DOW-UAP-D48, Department of the Air Force Report, 1996
Agency: Department of War
Incident date: 9/10/96
Page 7
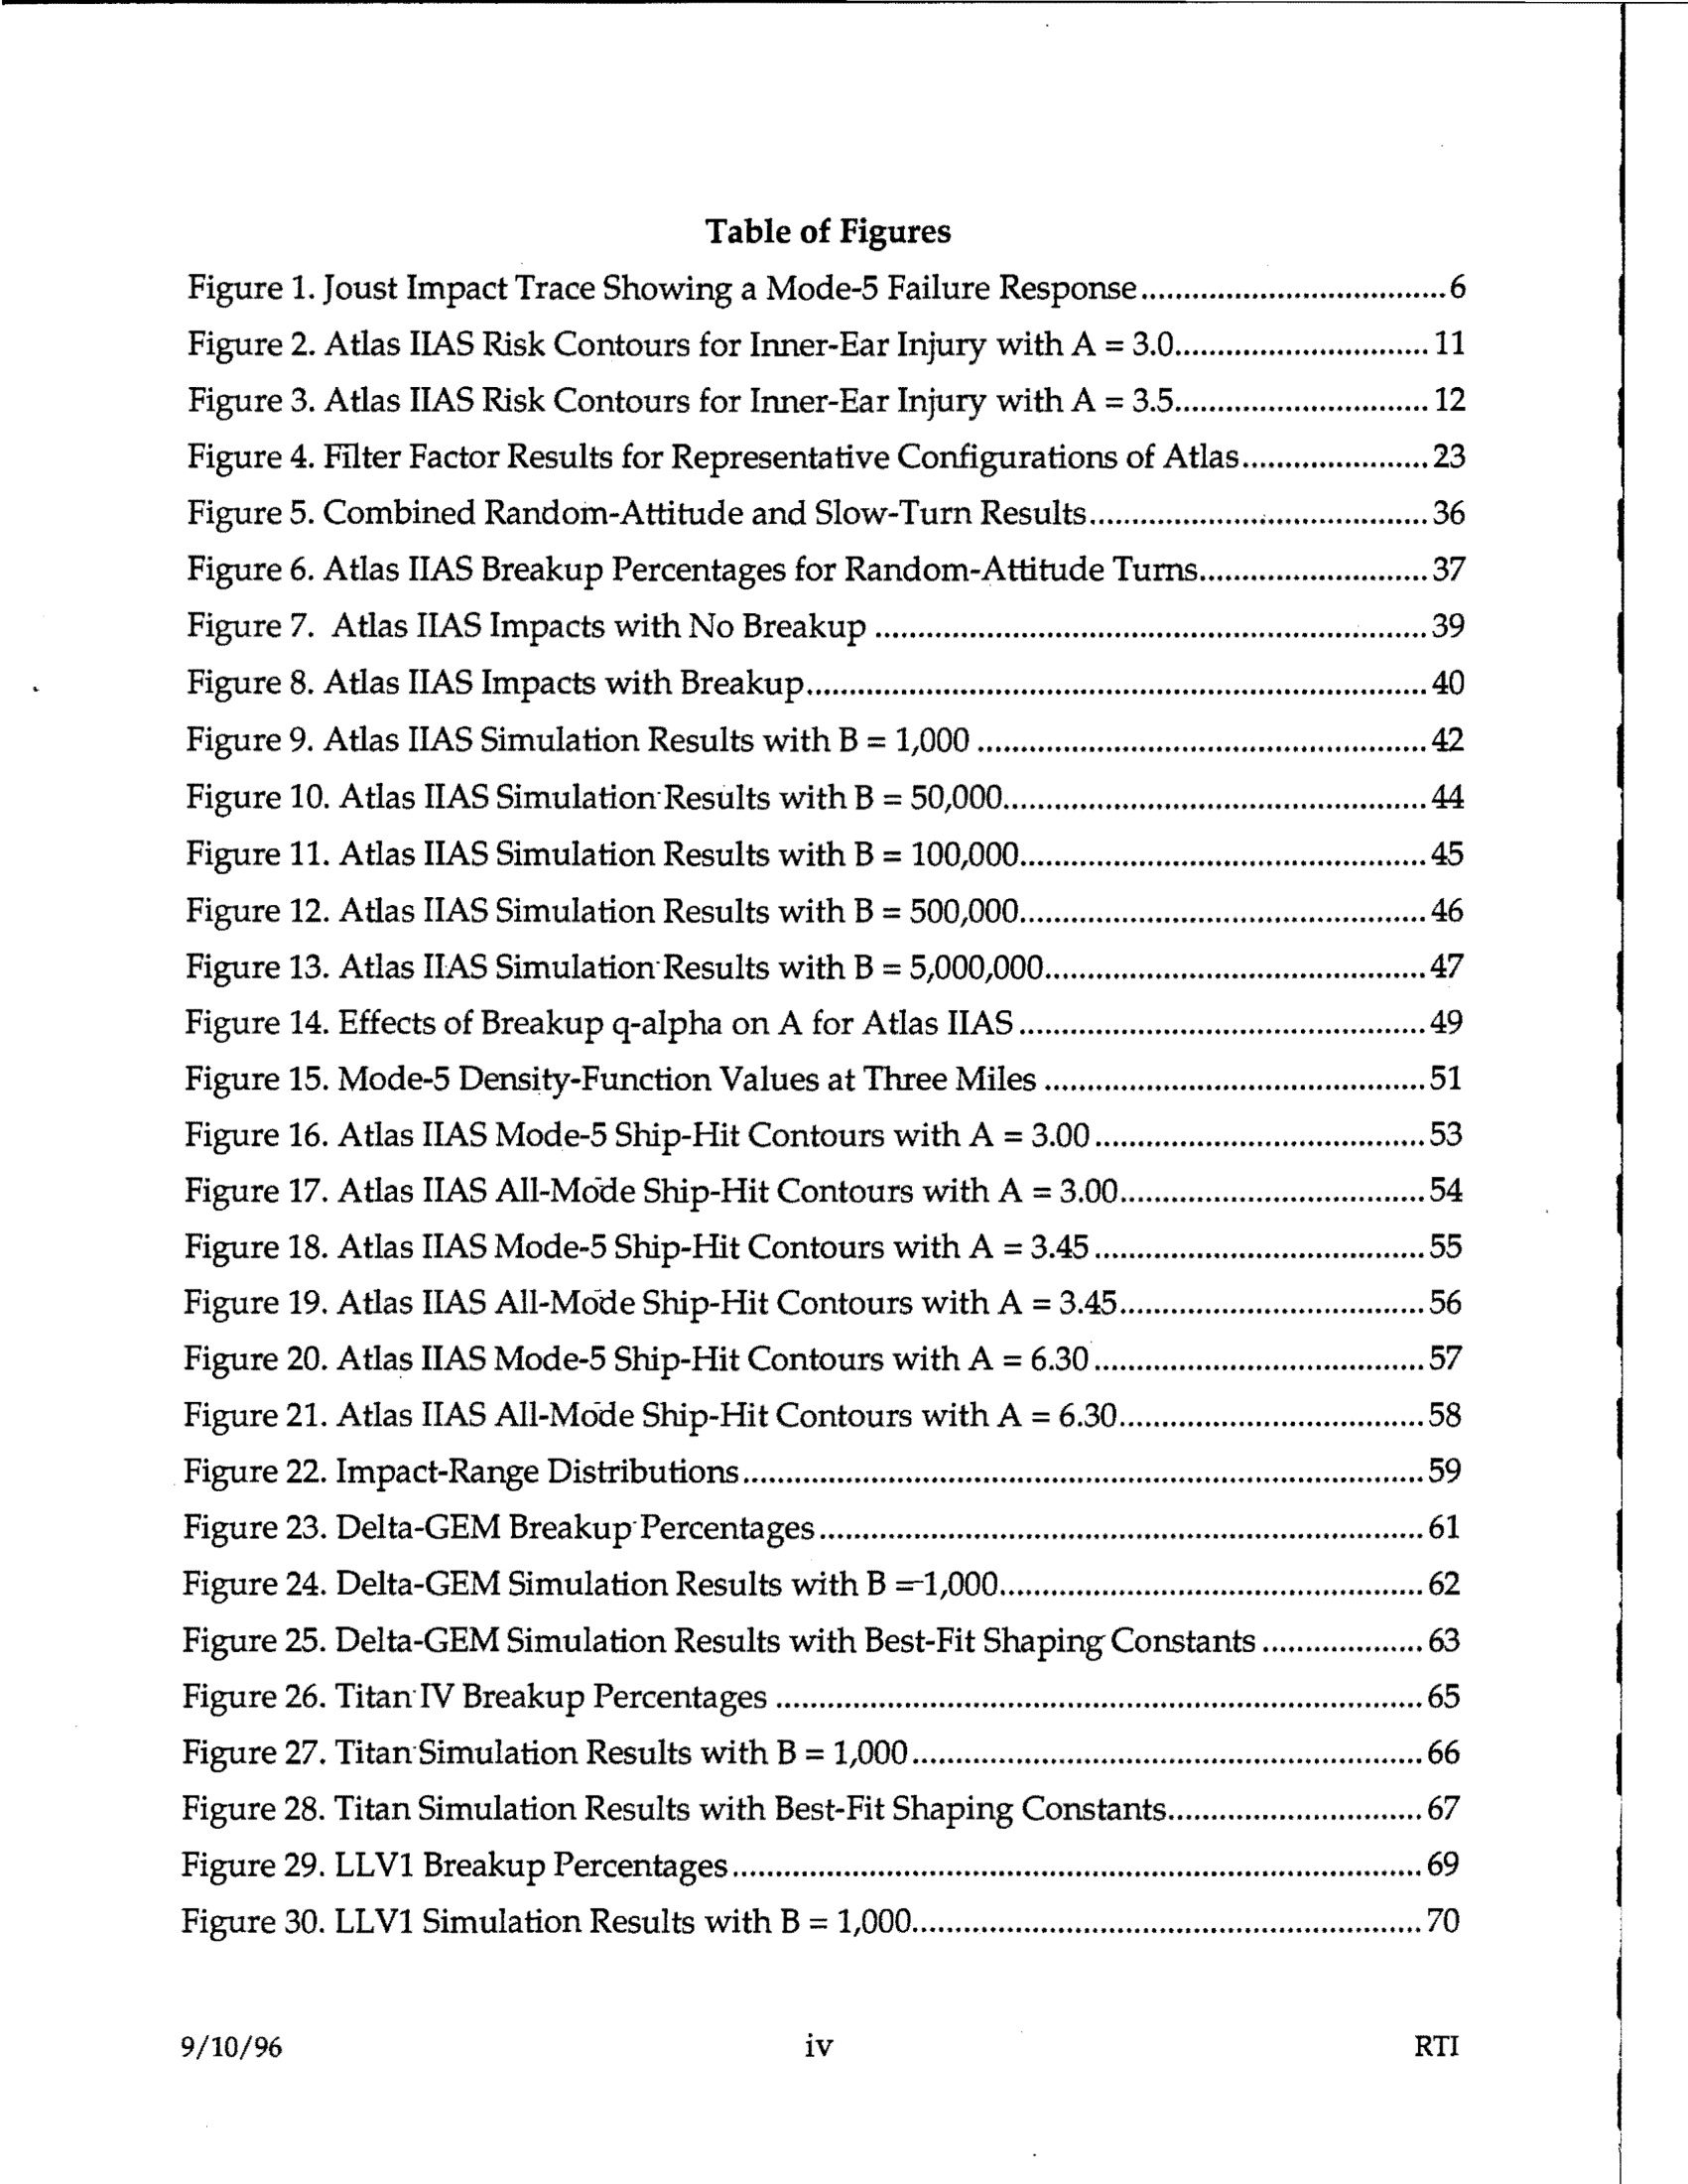